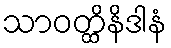
သာဝတ္ထိနိဒါနံ